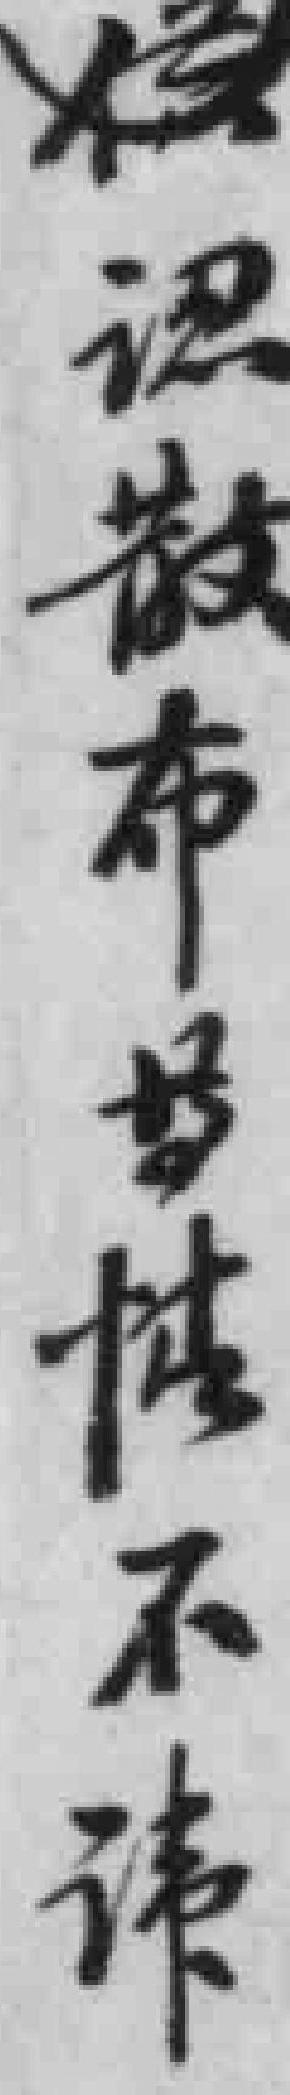
*识散布*情不讳